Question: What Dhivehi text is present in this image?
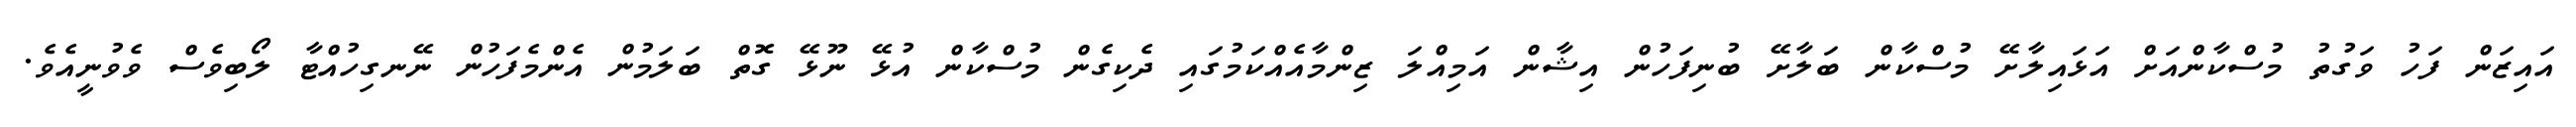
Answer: އައިޒަން ފަހު ވަގުތު މުސްކާންއަށް އަޅައިލާށޭ މުސްކާން ބަލާށޭ ބުނިފަހުން އިޝާން އަމިއްލަ ޒިންމާއެއްކަމުގައި ދެކިގެން މުސްކާން އުޅޭ ނޫޅޭ ގޮތް ބަލަމުން އެންމެފަހުން ނޭނގިހުއްޓާ ލޯބިވެސް ވެވުނީއެވެ.